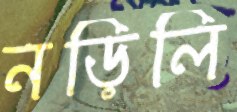
নড়িলি